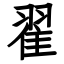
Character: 翟